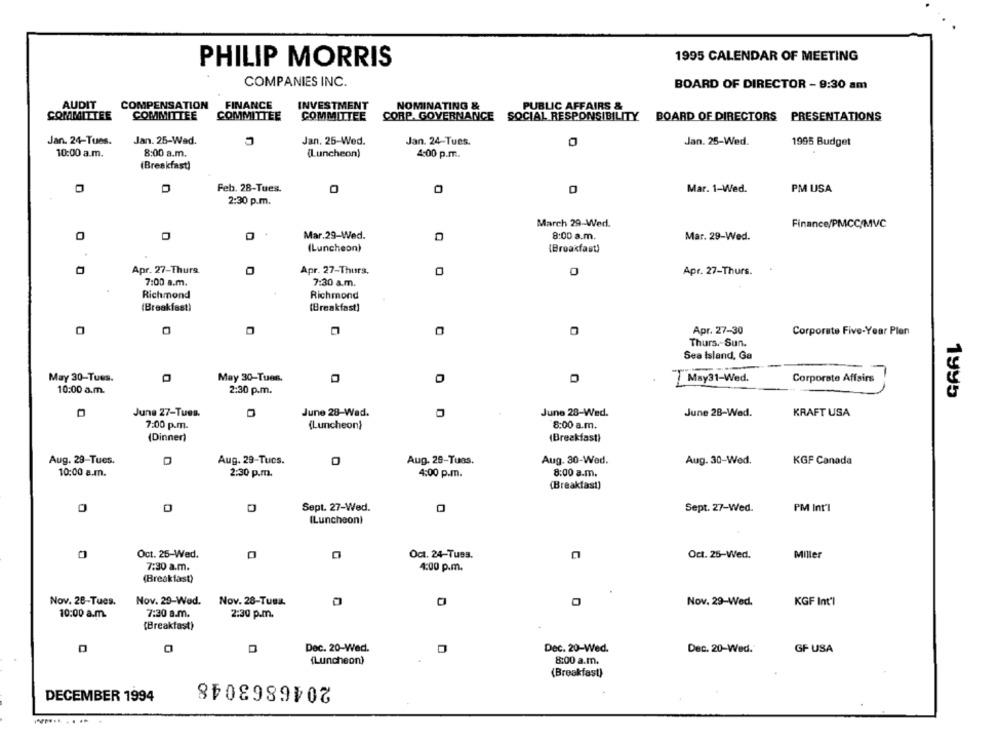
1995 CALENDAR OF MEETING
PHILIP MORRIS
COMPANIES INC.
BOARD OF DIRECTOR - 9:30 am
AUDIT
COMPENSATION
FINANCE
INVESTMENT
NOMINATING &
PUBLIC AFFAIRS &
COMMITTEE
COMMITTEE
COMMITTEE
COMMITTEE
CORP. GOVERNANCE
SOCIAL RESPONSIBILITY
BOARD OF DIRECTORS PRESENTATIONS
Jan. 24-Tues.
Jan. 25-Wad.
Jan. 25-Wed.
Jan. 24-Tues.
Jan. 25-Wed.
1995 Budget
10:00 a.m.
8:00 a.m.
(Luncheon)
4:00 p.m.
(Breakfast)
Feb. 28-Tues.
Mar. 1-Wed.
PM USA
2:30 p.m.
March 29-Wed.
Finance/PMCC/MVC
Mar.29-Wed.
8:00 a.m.
Mar. 29-Wed.
(Luncheon)
(Broakfast)
Apr. 27-Thurs.
Apr. 27-Thurs.
0
Apr. 27-Thurs.
7:00 a.m.
7:30 a.m.
Richmond
Richmond
(Breakfast)
(Breakfast)
Apr. 27-30
Corporate Five-Year Plan
Thurs .- Sun.
GRAL
Sea Island, Ga
May 30-Tues.
May 30-Tues.
Corporate Affairs
May31-Wed.
10:00 a.m.
2:30 p.m.
June 27-Tues.
June 28-Wad.
June 28-Wed.
June 28-Wed.
KRAFT USA
7:00 p.m.
(Luncheon)
8:00 a.m.
(Dinner)
(Breakfast)
Aug. 29-Tues.
Aug. 29-Tucs.
Aug. 29-Tuas.
Aug. 30-Wed.
Aug. 30-Wed.
KGF Canada
10:00 a.m.
2:30 p.m.
4:00 p.m.
8:00 a.m.
(Breakfast)
Sept. 27-Wed.
Sept. 27-Wed.
PM Int'l
(Luncheon)
Oct. 25-Wed.
Oct. 24-Tusa.
Oct. 25-Wed.
Miller
7:30 a.m.
4:00 p.m.
(Breakfast)
Nov. 28-Tues.
Nov. 29-Wed.
Nov. 28-Tusa.
Nov. 29-Wed.
KGF Int'l
10:00 a.m.
7:30 a.m.
2:30 p.m.
(Breakfast)
Dec. 20-Wed.
Dec. 20-Wed.
Dec. 20-Wed.
GF USA
(Luncheon)
8:00 a.m.
2046863048
(Breakfast)
DECEMBER 1994